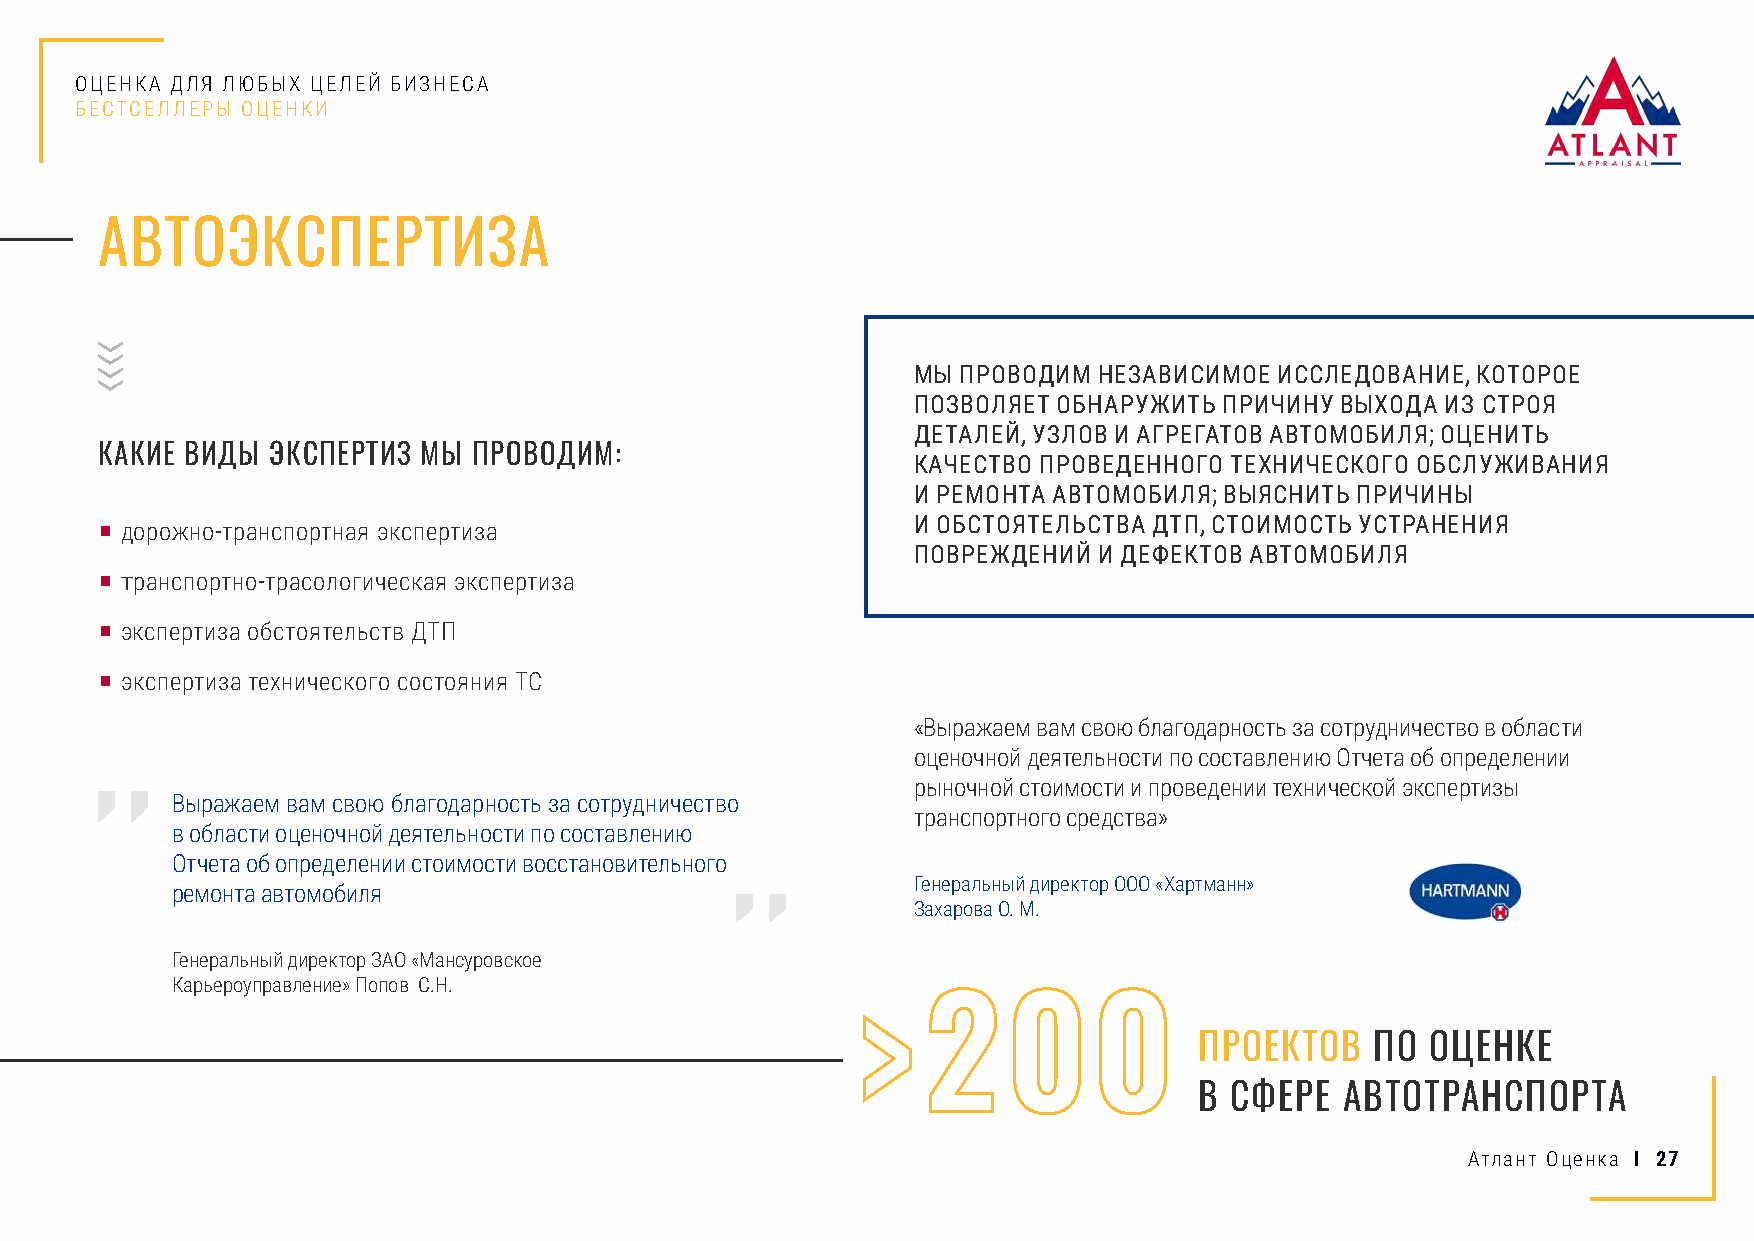
ОЦЕНКА ДЛЯ ЛЮБЫХ ЦЕЛЕЙ БИЗНЕСА
 БЕСТСЕЛЛЕРЫ ОЦЕНКИ
 АВТОЭКСПЕРТИЗА
 МЫ ПРОВОДИМ НЕЗАВИСИМОЕ ИССЛЕДОВАНИЕ, КОТОРОЕ
 ПОЗВОЛЯЕТ ОБНАРУЖИТЬ ПРИЧИНУ ВЫХОДА ИЗ СТРОЯ
 ДЕТАЛЕЙ, УЗЛОВ И АГРЕГАТОВ АВТОМОБИЛЯ; ОЦЕНИТЬ
 КАКИЕ ВИДЫ  ЭКСПЕРТИЗ МЫ ПРОВОДИМ:
 КАЧЕСТВО ПРОВЕДЕННОГО ТЕХНИЧЕСКОГО ОБСЛУЖИВАНИЯ
 И РЕМОНТА АВТОМОБИЛЯ; ВЫЯСНИТЬ ПРИЧИНЫ
 ■ дорожно-транспортная экспертиза                      И ОБСТОЯТЕЛЬСТВА ДТП, СТОИМОСТЬ УСТРАНЕНИЯ
 ПОВРЕЖДЕНИЙ И ДЕФЕКТОВ АВТОМОБИЛЯ
 ■ транспортно-трасологическая экспертиза
 ■ экспертиза обстоятельств ДТП
 ■ экспертиза технического состояния ТС
 «Выражаем вам свою благодарность за сотрудничество в области
 оценочной деятельности по составлению Отчета об определении
 рыночной стоимости и проведении технической экспертизы
 Выражаем вам свою благодарность за сотрудничество
 транспортного средства»
 в области оценочной деятельности по составлению
 Отчета об определении стоимости восстановительного
 Генеральный директор ООО «Хартманн»
 ремонта автомобиля
 Захарова О. М.
 Генеральный директор ЗАО «Мансуровское
 Карьероуправление» Попов С.Н.
 >   2     0    0
 ПРОЕКТОВ    ПО  ОЦЕНКЕ
 В СФЕРЕ   АВТОТРАНСПОРТА
 Атлант Оценка I 27